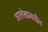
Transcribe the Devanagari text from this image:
आलेखामधील